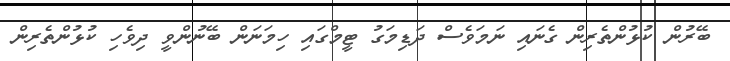
ބޭރުން ކުޅުންތެރިން ގެނައި ނަމަވެސް ދަޑިމަގު ޓީމްގައި ހިމަނަން ބޭނުންވީ ދިވެހި ކުޅުންތެރިން